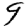
Digit: 9